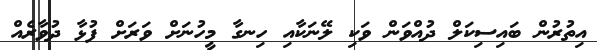
އިތުރުންް ބައިސިކަލް ދުއްވަން ވަކި ލޭނަކާއި ހިނގާ މީހުނަށް ވަރަށް ފުޅާ ދުވާރެއް